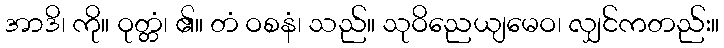
အာဒိ၊ ကို။ ဝုတ္တံ၊ ၏။ တံ ဝစနံ၊ သည်။ သုဝိညေယျမေဝ၊ လျှင်ကတည်း။